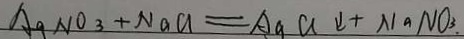
A g N O _ { 3 } + N a C l = A g C l \downarrow + N a N O _ { 3 } .